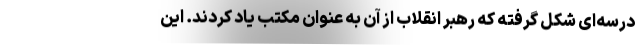
درسه‌ای شکل گرفته که رهبر انقلاب از آن به عنوان مکتب یاد کردند. این